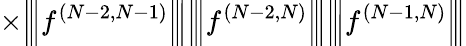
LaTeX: \times\Big|\! \Big|\! \Big|f^{(N-2,N-1)}\Big|\! \Big|\! \Big|\Big|\! \Big|\! \Big|f^{(N-2,N)}\Big|\! \Big|\! \Big|\Big|\! \Big|\! \Big|f^{(N-1,N)}\Big|\! \Big|\! \Big|